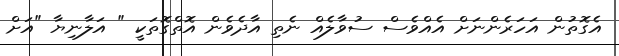
އެގޮތުން އަހަރެންނަށް އެއްވެސް ސުވާލެއް ނެތި އާދެވެން އޮތްގޮތަކީ " އަލާނިޔާ "އަށް